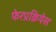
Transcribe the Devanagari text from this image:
फेरप्रक्रियेस